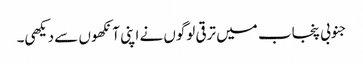
جنوبی پنجاب میں ترقی لوگوں نے اپنی آنکھوں سے دیکھی۔